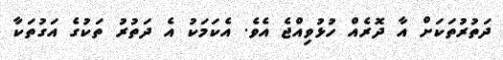
ދަތުރުތަކަށް އާ ދޮރެއް ހުޅުވިއްޖެ އެވެ. އެކަމަކު އެ ދަތުރު ތަކުގެ އަގުތަކާ